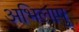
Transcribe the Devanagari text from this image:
अभिलाषु